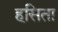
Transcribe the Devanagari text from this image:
हसिता